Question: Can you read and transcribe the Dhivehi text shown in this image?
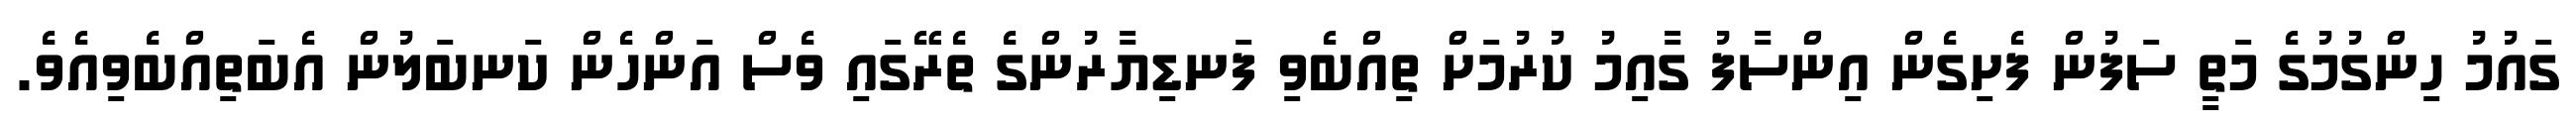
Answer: ގައުމު ހިންގުމުގެ މަތީ ސަފުން ފެށިގެން އިންސާފު ގާއިމު ކުރުމަށް ތިއްބެވި ފަނޑިޔާރުންގެ ތެރޭގައި ވެސް އަންހެން ކަނބަލުން އެބަތިއްބެވިއެވެ.